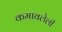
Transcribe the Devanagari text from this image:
कमावलेली